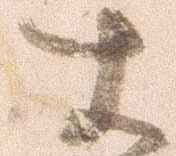
す